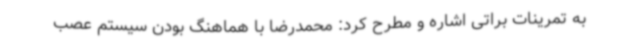
به تمرینات براتی اشاره و مطرح کرد: محمدرضا با هماهنگ بودن سیستم عصب